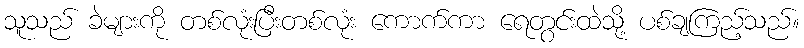
သူသည် ခဲများကို တစ်လုံးပြီးတစ်လုံး ကောက်ကာ ရေတွင်းထဲသို့ ပစ်ချကြည့်သည်။